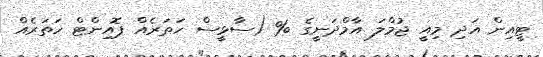
ޓީއިން އަދި މިއީ ޖުމްލަ އާމްދަނީގެ % (ސާޅީސް ހަތަރެއް ޕޮއިންޓް ހަތަރެއް